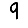
Digit: 9